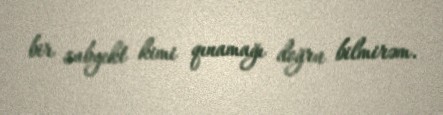
bir subyekt kimi qınamağı doğru bilmirəm.